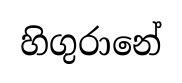
හිගුරානේ